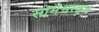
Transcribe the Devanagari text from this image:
सोमेश्वरकृत